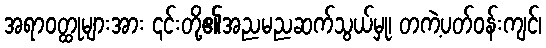
အရာဝတ္ထုများအား ၎င်းတို့၏အညမညဆက်သွယ်မှု၊ တကဲ့ပတ်ဝန်းကျင်၊